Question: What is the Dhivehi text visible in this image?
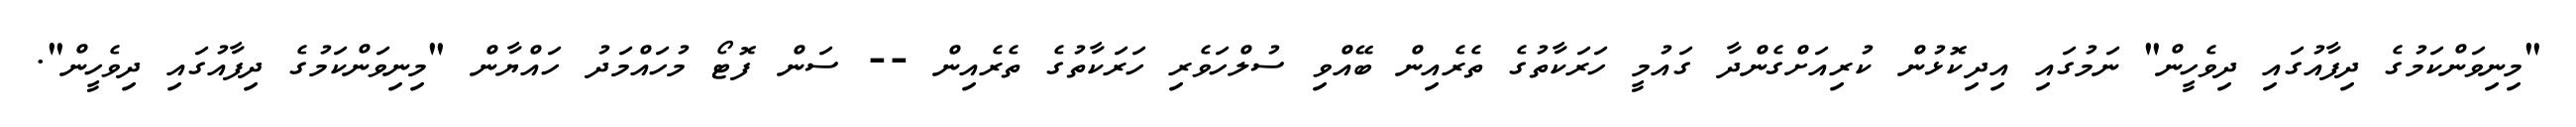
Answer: "މިނިވަންކަމުގެ ދިފާއުގައި ދިވެހީން" ނަމުގައި އިދިކޮޅުން ކުރިއަށްގެންދާ ގައުމީ ހަރަކާތުގެ ތެރެއިން ބޭއްވި ސުލްހަވެރި ހަރަކާތުގެ ތެރެއިން -- ސަން ފޮޓޯ މުހައްމަދު ހައްޔާން "މިނިވަންކަމުގެ ދިފާއުގައި ދިވެހީން".